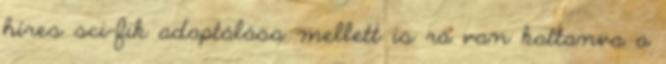
híres sci-fik adaptálása mellett is rá van kattanva a